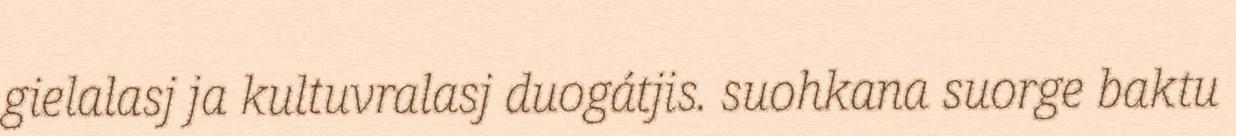
gielalasj ja kultuvralasj duogátjis. suohkana suorge baktu